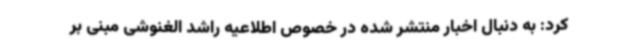
کرد: به دنبال اخبار منتشر شده در خصوص اطلاعیه راشد الغنوشی مبنی بر